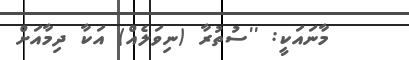
މާނައަކީ: ''ސުތުރާ (ނިވަލެއް) އަކާ ދިމާއަށް